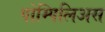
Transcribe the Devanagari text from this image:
पोम्पिलिअस